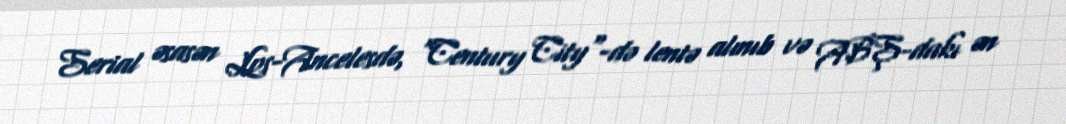
Serial əsasən Los-Ancelesdə, "Century City"-də lentə alınıb və ABŞ-dakı ən